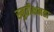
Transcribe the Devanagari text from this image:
स्मृतीक्षमता